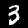
Digit: 3